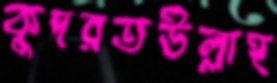
কুদরতউল্লাহ